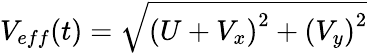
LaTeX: V_{eff}(t)=\sqrt{\left(U+V_{x}\right)^{2}+\left(V_{y}\right)^{2}}